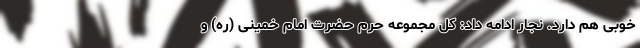
خوبی هم دارد. نجار ادامه داد: کل مجموعه حرم حضرت امام خمینی (ره) و